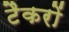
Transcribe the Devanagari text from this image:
टैकरों